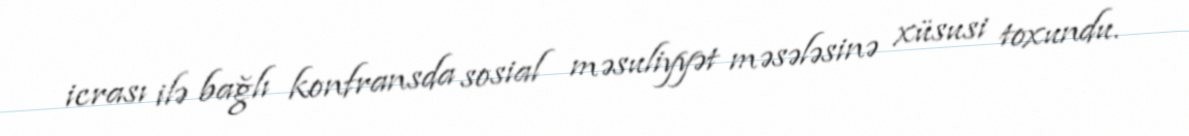
icrası ilə bağlı konfransda sosial məsuliyyət məsələsinə xüsusi toxundu.